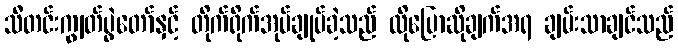
သီတင်းကျွတ်ပွဲတော်နှင့် တိုက်ရိုက်အုပ်ချုပ်ခဲ့သည် ထိုပြောဆိုချက်အရ ချမ်းသာချင်သည်